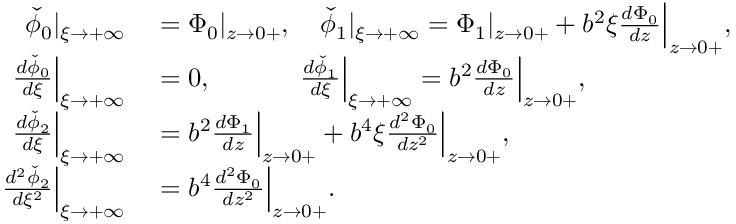
\begin{array} { r l } { \check { \phi } _ { 0 } | _ { \xi \to + \infty } } & { { } = { \Phi } _ { 0 } | _ { z \to 0 + } , \quad \check { \phi } _ { 1 } | _ { \xi \to + \infty } = { \Phi } _ { 1 } | _ { z \to 0 + } + b ^ { 2 } \xi \frac { d { \Phi } _ { 0 } } { d z } \Big | _ { z \to 0 + } , } \\ { \frac { d \check { \phi } _ { 0 } } { d \xi } \Big | _ { \xi \to + \infty } } & { { } = 0 , \quad \quad \quad \; \frac { d \check { \phi } _ { 1 } } { d \xi } \Big | _ { \xi \to + \infty } = b ^ { 2 } \frac { d { \Phi } _ { 0 } } { d z } \Big | _ { z \to 0 + } , } \\ { \frac { d \check { \phi } _ { 2 } } { d \xi } \Big | _ { \xi \to + \infty } } & { { } = b ^ { 2 } \frac { d { \Phi } _ { 1 } } { d z } \Big | _ { z \to 0 + } + b ^ { 4 } \xi \frac { d ^ { 2 } { \Phi } _ { 0 } } { d z ^ { 2 } } \Big | _ { z \to 0 + } , } \\ { \frac { d ^ { 2 } \check { \phi } _ { 2 } } { d \xi ^ { 2 } } \Big | _ { \xi \to + \infty } } & { { } = b ^ { 4 } \frac { d ^ { 2 } { \Phi } _ { 0 } } { d z ^ { 2 } } \Big | _ { z \to 0 + } . } \end{array}